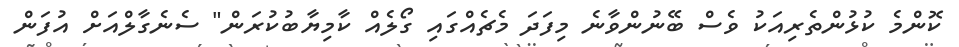
ކޮންމެ ކުޅުންތެރިއަކު ވެސް ބޭނުންވާނެ މިފަދަ މެޗެއްގައި ގޯލެއް ކާމިޔާބުކުރަން" ސެނެގާލްއަށް އުފަން